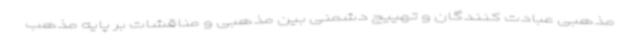
مذهبی عبادت کنندگان و تهییج دشمنی بین مذهبی و مناقشات بر پایه مذهب